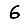
Digit: 6